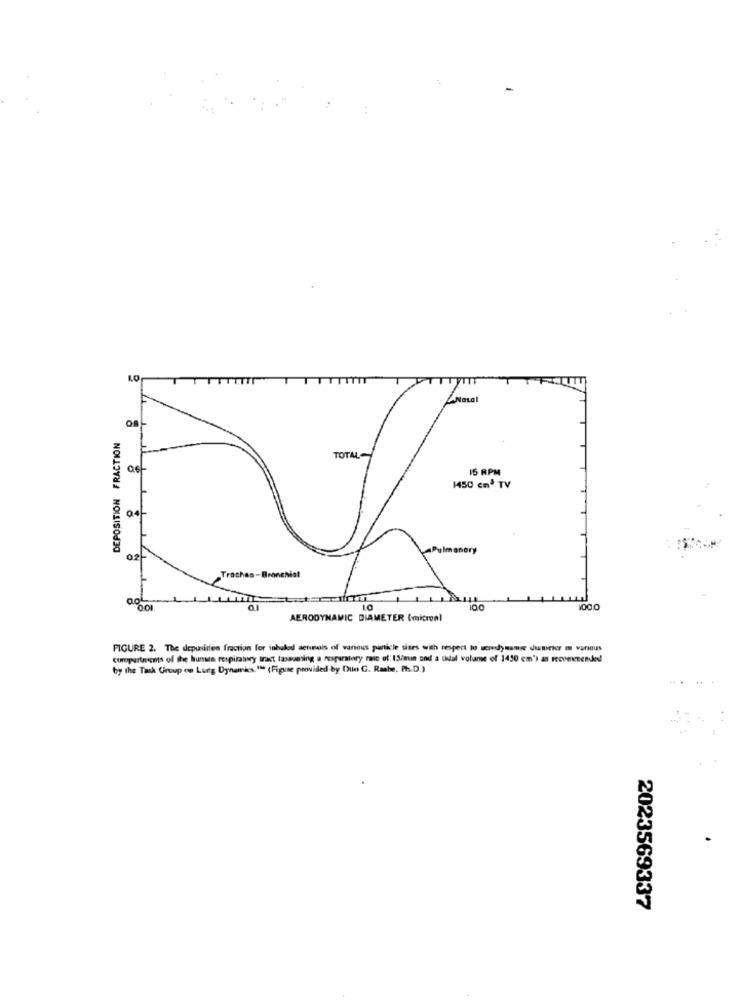
LO
Nasal
OR-
DEPOSITION FRACTION
TOTAL
15 RPM
1450 cm3 TV
04L
anery
02-
Tracheo-Bronchist
aol ..
00
AERODYNAMIC DIAMETER (micronl
FIGURE 2. The depunitien fraction for inhaled setunols of various particle sites with respect to word)same dumehr In various
compartments of the human respiratory tract tassuming a rospuratory raic ut: 15/min and a tidal volume of 1450 cm') as renewmended
by the Task Group on Lung Dynamics."" (Figuse provided by Olio G. Rasbe, Ph.D.)
2023569337